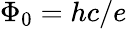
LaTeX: \Phi_{0}=hc/e